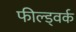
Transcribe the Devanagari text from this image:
फील्ड्वर्क